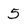
Character: 5